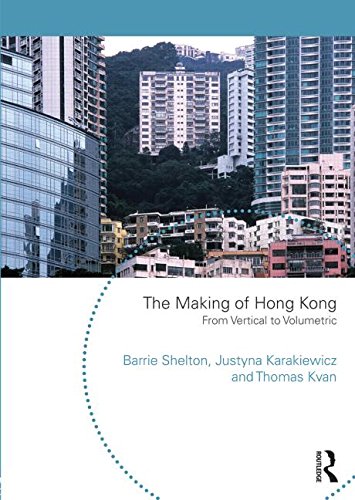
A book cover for The Making of Hong Kong: From Vertical to Volumetric (Planning, History and Environment); Barrie Shelton; History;